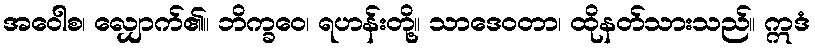
အဝေါစ၊ လျှောက်၏။ ဘိက္ခဝေ၊ ရဟန်းတို့။ သာဒေဝတာ၊ ထိုနတ်သားသည်။ ဣဒံ